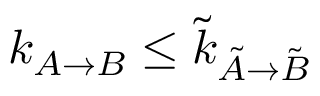
k _ { A \rightarrow B } \leq \Tilde { k } _ { \Tilde { A } \rightarrow \Tilde { B } }